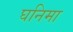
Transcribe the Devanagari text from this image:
घनिमा